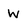
Character: W